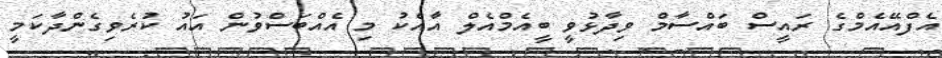
އެފްއޭއެމްގެ ރައީސް ބައްސާމް ވިދާޅުވީ ބީއެމްއެލް އާއެކު މި އެއްބަސްވުން އައު ކުރެވިގެންދާކަމީ